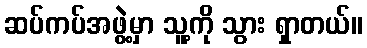
ဆပ်ကပ်အဖွဲ့မှာ သူ့ကို သွား ရှာတယ်။